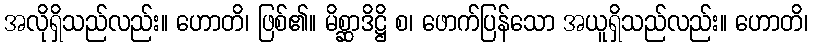
အလိုရှိသည်လည်း။ ဟောတိ၊ ဖြစ်၏။ မိစ္ဆာဒိဋ္ဌိ စ၊ ဖောက်ပြန်သော အယူရှိသည်လည်း။ ဟောတိ၊